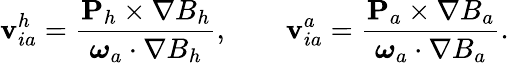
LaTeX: {\mathbf v}_{ia}^{h}=\frac{{\mathbf P}_{h}\times\nabla B_{h}}{\boldsymbol{\omega}_{a}\cdot\nabla B_{h}},\qquad{\mathbf v}_{ia}^{a}=\frac{{\mathbf P}_{a}\times\nabla B_{a}}{\boldsymbol{\omega}_{a}\cdot\nabla B_{a}}.